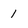
Character: 1